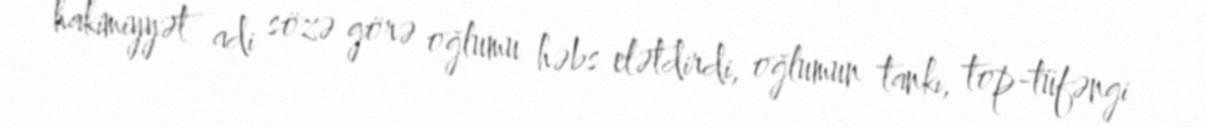
hakimiyyət adi sözə görə oğlumu həbs elətdirdi, oğlumun tankı, top-tüfəngi